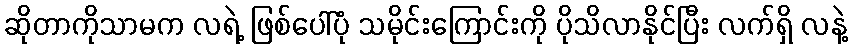
ဆိုတာကိုသာမက လရဲ့ ဖြစ်ပေါ်ပုံ သမိုင်းကြောင်းကို ပိုသိလာနိုင်ပြီး လက်ရှိ လနဲ့